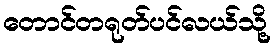
တောင်တရုတ်ပင်လယ်သို့